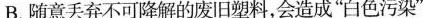
B.随意丢弃不可降解的废旧塑料，会造成”白色污染”